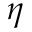
\eta